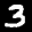
Label: 3